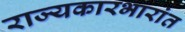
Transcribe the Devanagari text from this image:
राज्यकारभारांत